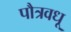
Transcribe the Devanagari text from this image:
पौत्रवधू